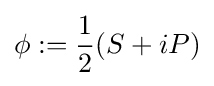
\phi :={\frac {1}{2}}(S+iP)